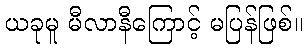
ယခုမူ မီလာနီကြောင့် မပြန်ဖြစ်။